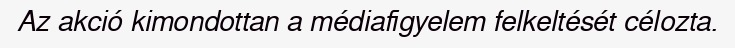
Az akció kimondottan a médiafigyelem felkeltését célozta.